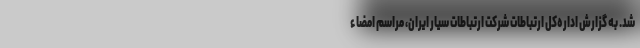
شد. به گزارش اداره‌کل ارتباطات شرکت ارتباطات سیار ایران، مراسم امضاء